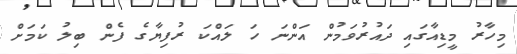
މިހާރު މީޑިއާގައި ދައުރުވަމުން އަންނަ ހަ ލައްކަ ރުފިޔާގެ ފެން ބިލު ކަމަށް